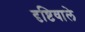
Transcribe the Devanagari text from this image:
दृष्टिवाले